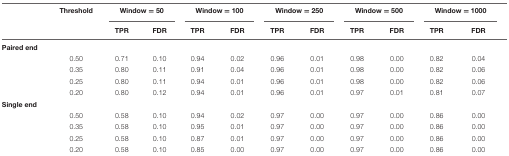
<table><thead><tr><td></td><td><b>Threshold</b></td><td colspan="2"><b>Window = 50</b></td><td colspan="2"><b>Window = 100</b></td><td colspan="2"><b>Window = 250</b></td><td colspan="2"><b>Window = 500</b></td><td colspan="2"><b>Window = 1000</b></td></tr><tr><td></td><td></td><td><b>TPR</b></td><td><b>FDR</b></td><td><b>TPR</b></td><td><b>FDR</b></td><td><b>TPR</b></td><td><b>FDR</b></td><td><b>TPR</b></td><td><b>FDR</b></td><td><b>TPR</b></td><td><b>FDR</b></td></tr></thead><tbody><tr><td><b>Paired end</b></td><td></td><td></td><td></td><td></td><td></td><td></td><td></td><td></td><td></td><td></td><td></td></tr><tr><td></td><td>0.50</td><td>0.71</td><td>0.10</td><td>0.94</td><td>0.02</td><td>0.96</td><td>0.01</td><td>0.98</td><td>0.00</td><td>0.82</td><td>0.04</td></tr><tr><td></td><td>0.35</td><td>0.80</td><td>0.11</td><td>0.91</td><td>0.04</td><td>0.96</td><td>0.01</td><td>0.98</td><td>0.00</td><td>0.82</td><td>0.06</td></tr><tr><td></td><td>0.25</td><td>0.80</td><td>0.11</td><td>0.94</td><td>0.01</td><td>0.96</td><td>0.01</td><td>0.98</td><td>0.00</td><td>0.82</td><td>0.06</td></tr><tr><td></td><td>0.20</td><td>0.80</td><td>0.12</td><td>0.94</td><td>0.01</td><td>0.96</td><td>0.01</td><td>0.97</td><td>0.01</td><td>0.81</td><td>0.07</td></tr><tr><td><b>Single end</b></td><td></td><td></td><td></td><td></td><td></td><td></td><td></td><td></td><td></td><td></td><td></td></tr><tr><td></td><td>0.50</td><td>0.58</td><td>0.10</td><td>0.94</td><td>0.02</td><td>0.97</td><td>0.00</td><td>0.97</td><td>0.00</td><td>0.86</td><td>0.00</td></tr><tr><td></td><td>0.35</td><td>0.58</td><td>0.10</td><td>0.95</td><td>0.01</td><td>0.97</td><td>0.00</td><td>0.97</td><td>0.00</td><td>0.86</td><td>0.00</td></tr><tr><td></td><td>0.25</td><td>0.58</td><td>0.10</td><td>0.87</td><td>0.01</td><td>0.97</td><td>0.00</td><td>0.97</td><td>0.00</td><td>0.86</td><td>0.00</td></tr><tr><td></td><td>0.20</td><td>0.58</td><td>0.10</td><td>0.85</td><td>0.00</td><td>0.97</td><td>0.00</td><td>0.97</td><td>0.00</td><td>0.86</td><td>0.00</td></tr></tbody></table>